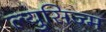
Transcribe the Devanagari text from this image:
ल्युसिज्म